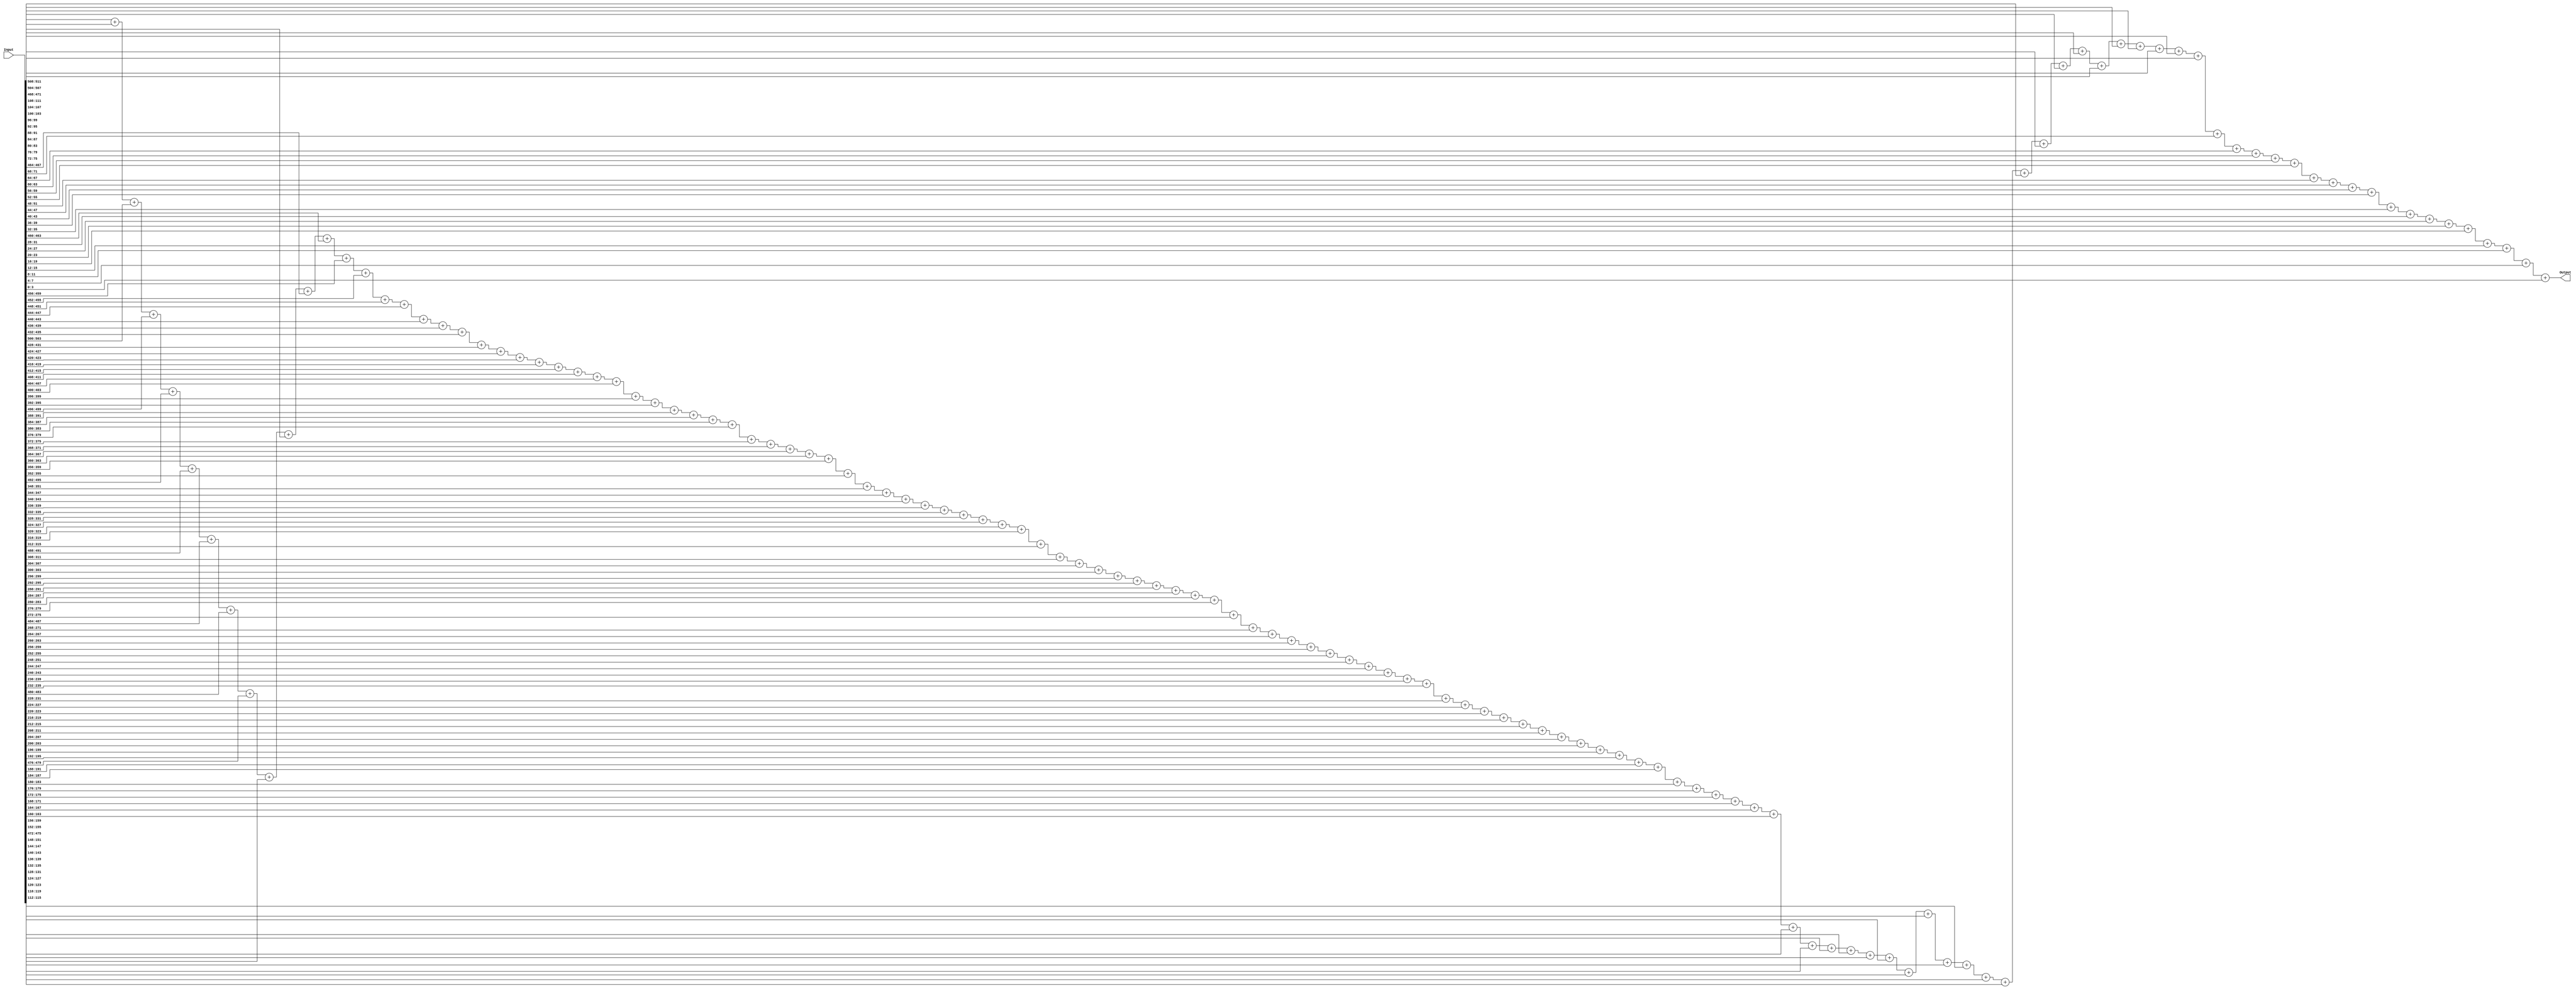
`timescale 1ns / 1ps
//////////////////////////////////////////////////////////////////////////////////
// Company: 
// Engineer: 
// 
// Design Name: 
// Module Name: Sumatoria
// Project Name: 
// Target Devices: 
// Tool Versions: 
// Description: 
// 
// Dependencies: 
// 
// Revision:
// Revision 0.01 - File Created
// Additional Comments:
// 
//////////////////////////////////////////////////////////////////////////////////


module Sumatoria(Input, Output);
    input [511:0]Input;
    output [10:0]Output;
    
    assign Output = Input[511:508] +Input[507:504] +Input[503:500] +Input[499:496] +Input[495:492] +Input[491:488] +Input[487:484] +Input[483:480] +Input[479:476] +Input[475:472] +Input[471:468] +Input[467:464] +Input[463:460] +Input[459:456] +Input[455:452] +Input[451:448] +Input[447:444] +Input[443:440] +Input[439:436] +Input[435:432] +Input[431:428] +Input[427:424] +Input[423:420] +Input[419:416] +Input[415:412] +Input[411:408] +Input[407:404] +Input[403:400] +Input[399:396] +Input[395:392] +Input[391:388] +Input[387:384] +Input[383:380] +Input[379:376] +Input[375:372] +Input[371:368] +Input[367:364] +Input[363:360] +Input[359:356] +Input[355:352] +Input[351:348] +Input[347:344] +Input[343:340] +Input[339:336] +Input[335:332] +Input[331:328] +Input[327:324] +Input[323:320] +Input[319:316] +Input[315:312] +Input[311:308] +Input[307:304] +Input[303:300] +Input[299:296] +Input[295:292] +Input[291:288] +Input[287:284] +Input[283:280] +Input[279:276] +Input[275:272] +Input[271:268] +Input[267:264] +Input[263:260] +Input[259:256] +Input[255:252] +Input[251:248] +Input[247:244] +Input[243:240] +Input[239:236] +Input[235:232] +Input[231:228] +Input[227:224] +Input[223:220] +Input[219:216] +Input[215:212] +Input[211:208] +Input[207:204] +Input[203:200] +Input[199:196] +Input[195:192] +Input[191:188] +Input[187:184] +Input[183:180] +Input[179:176] +Input[175:172] +Input[171:168] +Input[167:164] +Input[163:160] +Input[159:156] +Input[155:152] +Input[151:148] +Input[147:144] +Input[143:140] +Input[139:136] +Input[135:132] +Input[131:128] +Input[127:124] +Input[123:120] +Input[119:116] +Input[115:112] +Input[111:108] +Input[107:104] +Input[103:100] +Input[99:96] +Input[95:92] +Input[91:88] +Input[87:84] +Input[83:80] +Input[79:76] +Input[75:72] +Input[71:68] +Input[67:64] +Input[63:60] +Input[59:56] +Input[55:52] +Input[51:48] +Input[47:44] +Input[43:40] +Input[39:36] +Input[35:32] +Input[31:28] +Input[27:24] +Input[23:20] +Input[19:16] +Input[15:12]+Input[11:8]+Input[7:4]+Input[3:0];
    
    
endmodule